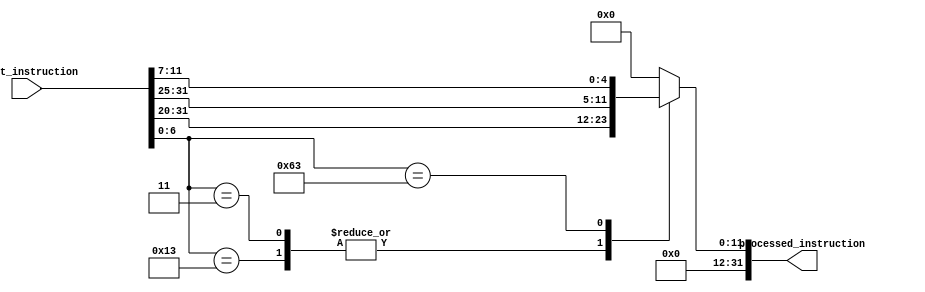
module immed_generator(
    input [31:0] input_instruction,
    output reg [31:0] processed_instruction
);

    reg [31:0] instruction[5:0];

    initial begin
        instruction[0] = 32'b00000000001010110001010100010011; // slli
        instruction[1] = 32'b00000001100101010000010100110011; // add
        instruction[2] = 32'b00000000000001010011010010000011; // lw
        instruction[3] = 32'b00000001100001001001011001100011; // bne
        instruction[4] = 32'b00000000000110110000101100010011; // addi
        instruction[5] = 32'b11111110000000000000011011100011; // beq
    end

    always @(*)
    begin
        case(input_instruction[6:0])
//takes immediate bits(12) from 32 bit instructions and pads with 0s(32 bits)
            7'b0010011: // slli
                processed_instruction = {20'b000000000000, input_instruction[31:20]};
            7'b0000011: // lw
                processed_instruction = {20'b000000000000, input_instruction[31:20]};
            7'b1100011: // bne
                processed_instruction = {20'b000000000000, input_instruction[31:25], input_instruction[11:7]};
            7'b0010011: // addi
                processed_instruction = {20'b000000000000, input_instruction[31:20]};
            7'b1100011: // beq
                processed_instruction = {20'b000000000000, input_instruction[31:25], input_instruction[11:7]};
            default: // default case
//in case of add instruction as immediate gen is not required so for this code only I am using this condition otherwise for add both i/ps of alu are selected from
//register file not immediate generator
                processed_instruction = 32'b00000000000000000000000000000000;
        endcase
    end

endmodule